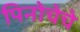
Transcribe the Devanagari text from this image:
पिनोचेचे